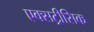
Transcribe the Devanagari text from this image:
एक्सट्रीसिक